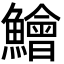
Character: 鱠